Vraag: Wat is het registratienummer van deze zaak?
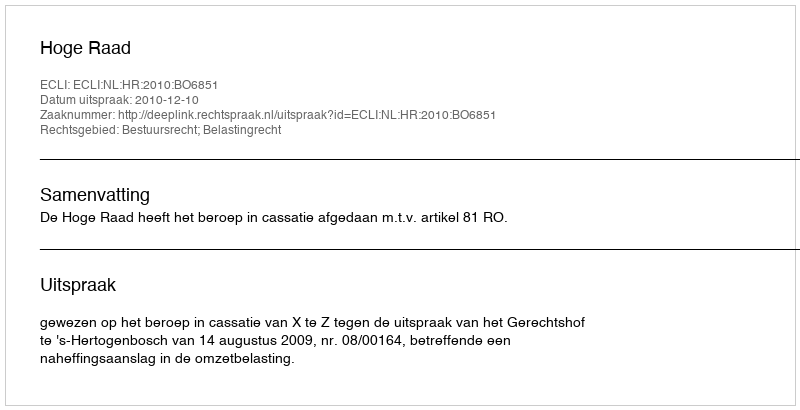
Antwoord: http://deeplink.rechtspraak.nl/uitspraak?id=ECLI:NL:HR:2010:BO6851